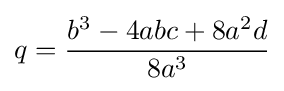
q={\frac {b^{3}-4abc+8a^{2}d}{8a^{3}}}